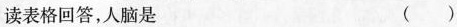
读表格回答，人脑是 ( )